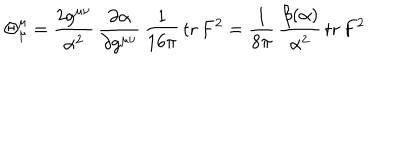
LaTeX: \Theta _ { \hspace { 1 m m } \mu } ^ { \mu } = \frac { 2 g ^ { \mu \nu } } { \alpha ^ { 2 } } \, \frac { \partial \alpha } { \partial g ^ { \mu \nu } } \, \frac { 1 } { 1 6 \pi } \, \mathrm { t r } \, F ^ { 2 } = \frac { 1 } { 8 \pi } \, \frac { \beta ( \alpha ) } { \alpha ^ { 2 } } \, \mathrm { t r } \, F ^ { 2 }